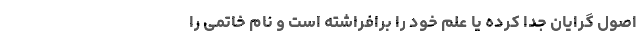
اصول گرایان جدا کرده یا عَلَم خود را برافراشته است و نام خاتمی را